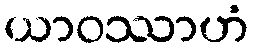
ယာဝဿာဟံ